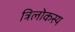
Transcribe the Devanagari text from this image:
त्रिलोकस्य